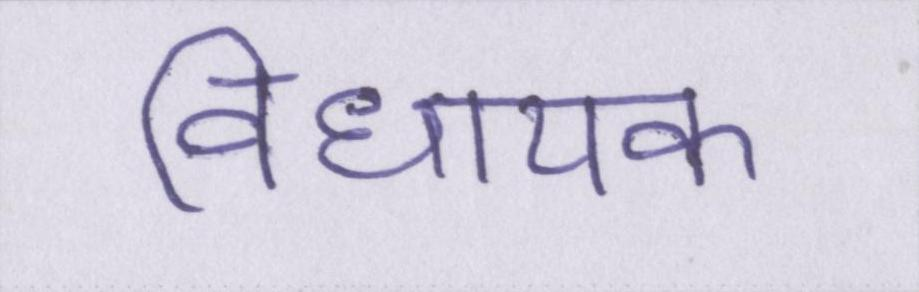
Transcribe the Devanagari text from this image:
विधायक